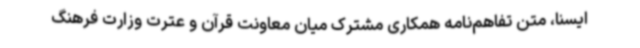
ایسنا، متن تفاهم‌نامه همکاری مشترک میان معاونت قرآن و عترت وزارت فرهنگ